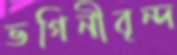
ভগিনীবৃন্দ